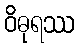
ဝိဓုရဿ